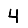
Digit: 4